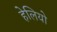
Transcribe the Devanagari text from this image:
हेलियो